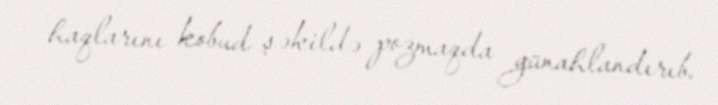
haqlarını kobud şəkildə pozmaqda günahlandırıb.